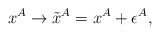
\begin{align*}x^{A} \rightarrow \tilde{x}^{A} = x^{A} + \epsilon^{A},\end{align*}